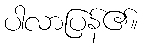
ပါလာပြန်၏။